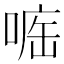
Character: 𠷄